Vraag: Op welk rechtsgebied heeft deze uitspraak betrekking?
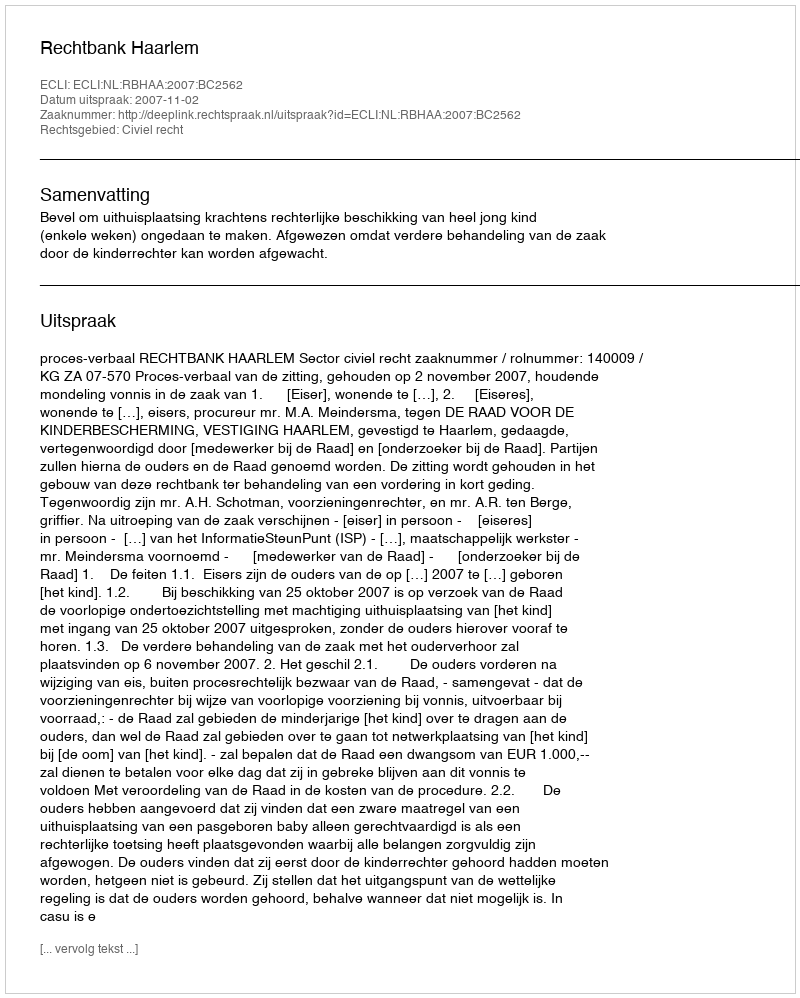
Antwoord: Civiel recht